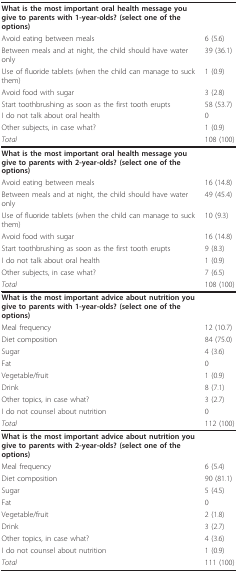
| What is the most important oral health message you give to parents with 1-year-olds? (select one of the options) |  |
 | Avoid eating between meals | 6 (5.6) |
 | Between meals and at night, the child should have water only | 39 (36.1) |
 | Use of fluoride tablets (when the child can manage to suck them) | 1 (0.9) |
 | Avoid food with sugar | 3 (2.8) |
 | Start toothbrushing as soon as the first tooth erupts | 58 (53.7) |
 | I do not talk about oral health | 0 |
 | Other subjects, in case what? | 1 (0.9) |
 | Total | 108 (100) |
 | --- | --- |
 | What is the most important oral health message you give to parents with 2-year-olds? (select one of the options) |  |
 | Avoid eating between meals | 16 (14.8) |
 | Between meals and at night, the child should have water only | 49 (45.4) |
 | Use of fluoride tablets (when the child can manage to suck them) | 10 (9.3) |
 | Avoid food with sugar | 16 (14.8) |
 | Start toothbrushing as soon as the first tooth erupts | 9 (8.3) |
 | I do not talk about oral health | 1 (0.9) |
 | Other subjects, in case what? | 7 (6.5) |
 | Total | 108 (100) |
 | What is the most important advice about nutrition you give to parents with 1-year-olds? (select one of the options) |  |
 | Meal frequency | 12 (10.7) |
 | Diet composition | 84 (75.0) |
 | Sugar | 4 (3.6) |
 | Fat | 0 |
 | Vegetable/fruit | 1 (0.9) |
 | Drink | 8 (7.1) |
 | Other topics, in case what? | 3 (2.7) |
 | I do not counsel about nutrition | 0 |
 | Total | 112 (100) |
 | What is the most important advice about nutrition you give to parents with 2-year-olds? (select one of the options) |  |
 | Meal frequency | 6 (5.4) |
 | Diet composition | 90 (81.1) |
 | Sugar | 5 (4.5) |
 | Fat | 0 |
 | Vegetable/fruit | 2 (1.8) |
 | Drink | 3 (2.7) |
 | Other topics, in case what? | 4 (3.6) |
 | I do not counsel about nutrition | 1 (0.9) |
 | Total | 111 (100) |